Plague in India, 1896, 1897 - Volume 3
Year: 1896
Disease focus: Plague
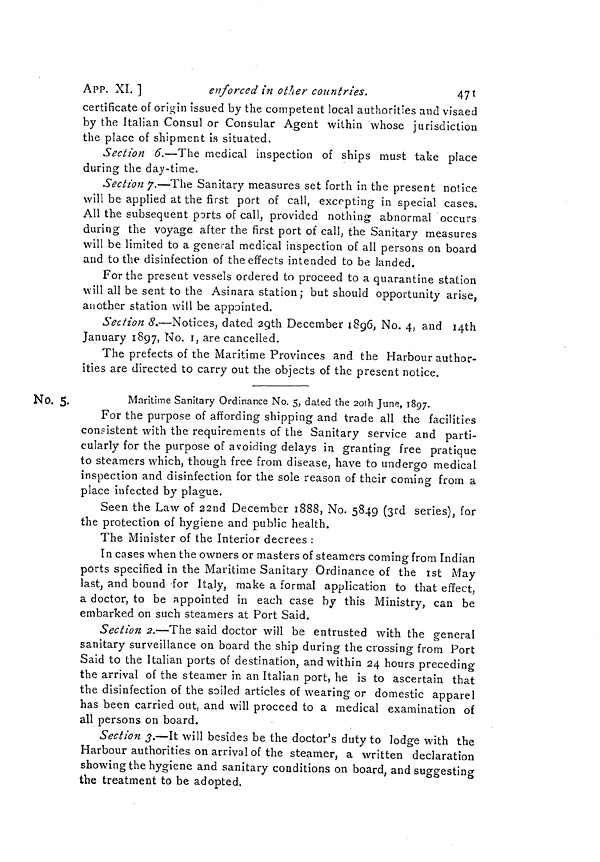
APP. XI.]
enforced in other countries.
471
certificate of origin issued by the competent local authorities and visaed
by the Italian Consul or Consular Agent within whose jurisdiction
the place of shipment is situated,
Section 6.—The medical inspection of ships must take place
during the day-time.
Section 7.—The Sanitary measures set forth in the present notice
will be applied at the first port of call, excepting in special cases.
All the subsequent ports of call, provided nothing abnormal occurs
during the voyage after the first port of call, the Sanitary measures
will be limited to a general medical inspection of all persons on board
and to the disinfection of the effects intended to be landed.
For the present vessels ordered to proceed to a quarantine station
will all be sent to the Asinara station; but should opportunity arise,
another station will be appointed.
Section 8.—Notices, dated 29th December 1896, No. 4, and 14th
January 1897, No. 1, are cancelled.
The prefects of the Maritime Provinces and the Harbour author-
ities are directed to carry out the objects of the present notice.
No. 5.
Maritime Sanitary Ordinance No. 5, dated the 20th June, 1897.
For the purpose of affording shipping and trade all the facilities
consistent with the requirements of the Sanitary service and parti-
cularly for the purpose of avoiding delays in granting free pratique
to steamers which, though free from disease, have to undergo medical
inspection and disinfection for the sole reason of their coming from a
place infected by plague.
Seen the Law of 22nd December 1888, No. 5849 (3rd series), for
the protection of hygiene and public health.
The Minister of the Interior decrees :
In cases when the owners or masters of steamers coming from Indian
ports specified in the Maritime Sanitary Ordinance of the 1st May
last, and bound for Italy, make a formal application to that effect,
a doctor, to be appointed in each case by this Ministry, can be
embarked on such steamers at Port Said.
Section 2.—The said doctor will be entrusted with the general
sanitary surveillance on board the ship during the crossing from Port
Said to the Italian ports of destination, and within 24 hours preceding
the arrival of the steamer in an Italian port, he is to ascertain that
the disinfection of the soiled articles of wearing or domestic apparel
has been carried out, and will proceed to a medical examination of
all persons on board.
Section 3.—It will besides be the doctor's duty to lodge with the
Harbour authorities on arrival of the steamer, a written declaration
showing the hygiene and sanitary conditions on board, and suggesting
the treatment to be adopted.